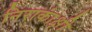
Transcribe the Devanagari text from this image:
निराकांक्षी